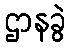
ဌာနခွဲ